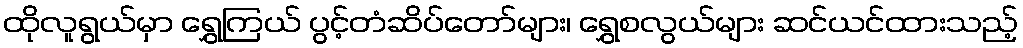
ထိုလူရွယ်မှာ ရွှေကြယ် ပွင့်တံဆိပ်တော်များ၊ ရွှေစလွယ်များ ဆင်ယင်ထားသည့်